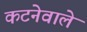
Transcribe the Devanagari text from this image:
कटनेवाले